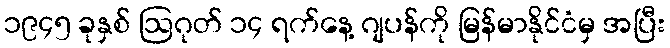
၁၉၄၅ ခုနှစ် ဩဂုတ် ၁၄ ရက်နေ့ ဂျပန်ကို မြန်မာနိုင်ငံမှ အပြီး